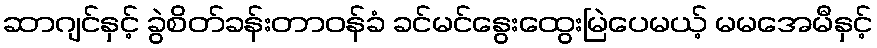
ဆာဂျင်နှင့် ခွဲစိတ်ခန်းတာဝန်ခံ ခင်မင်နွေးထွေးမြဲပေမယ့် မမအေမီနှင့်